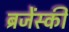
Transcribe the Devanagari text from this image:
ब्रजेंस्की